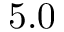
5 . 0